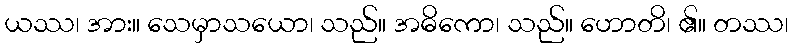
ယဿ၊ အား။ သေမှာသယော၊ သည်။ အဓိကော၊ သည်။ ဟောတိ၊ ၏။ တဿ၊